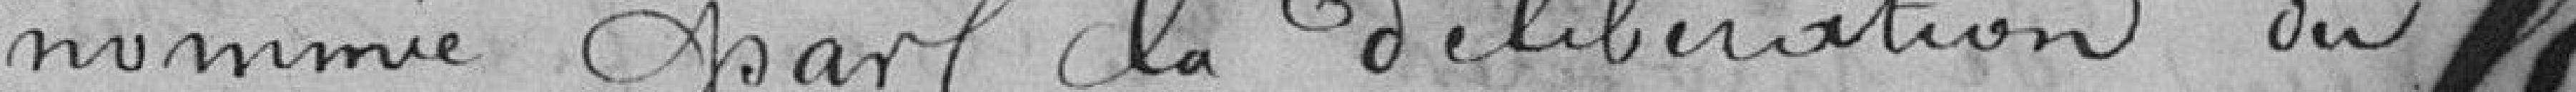
nommée par la délibération